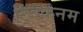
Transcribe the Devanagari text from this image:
ट्विकनम